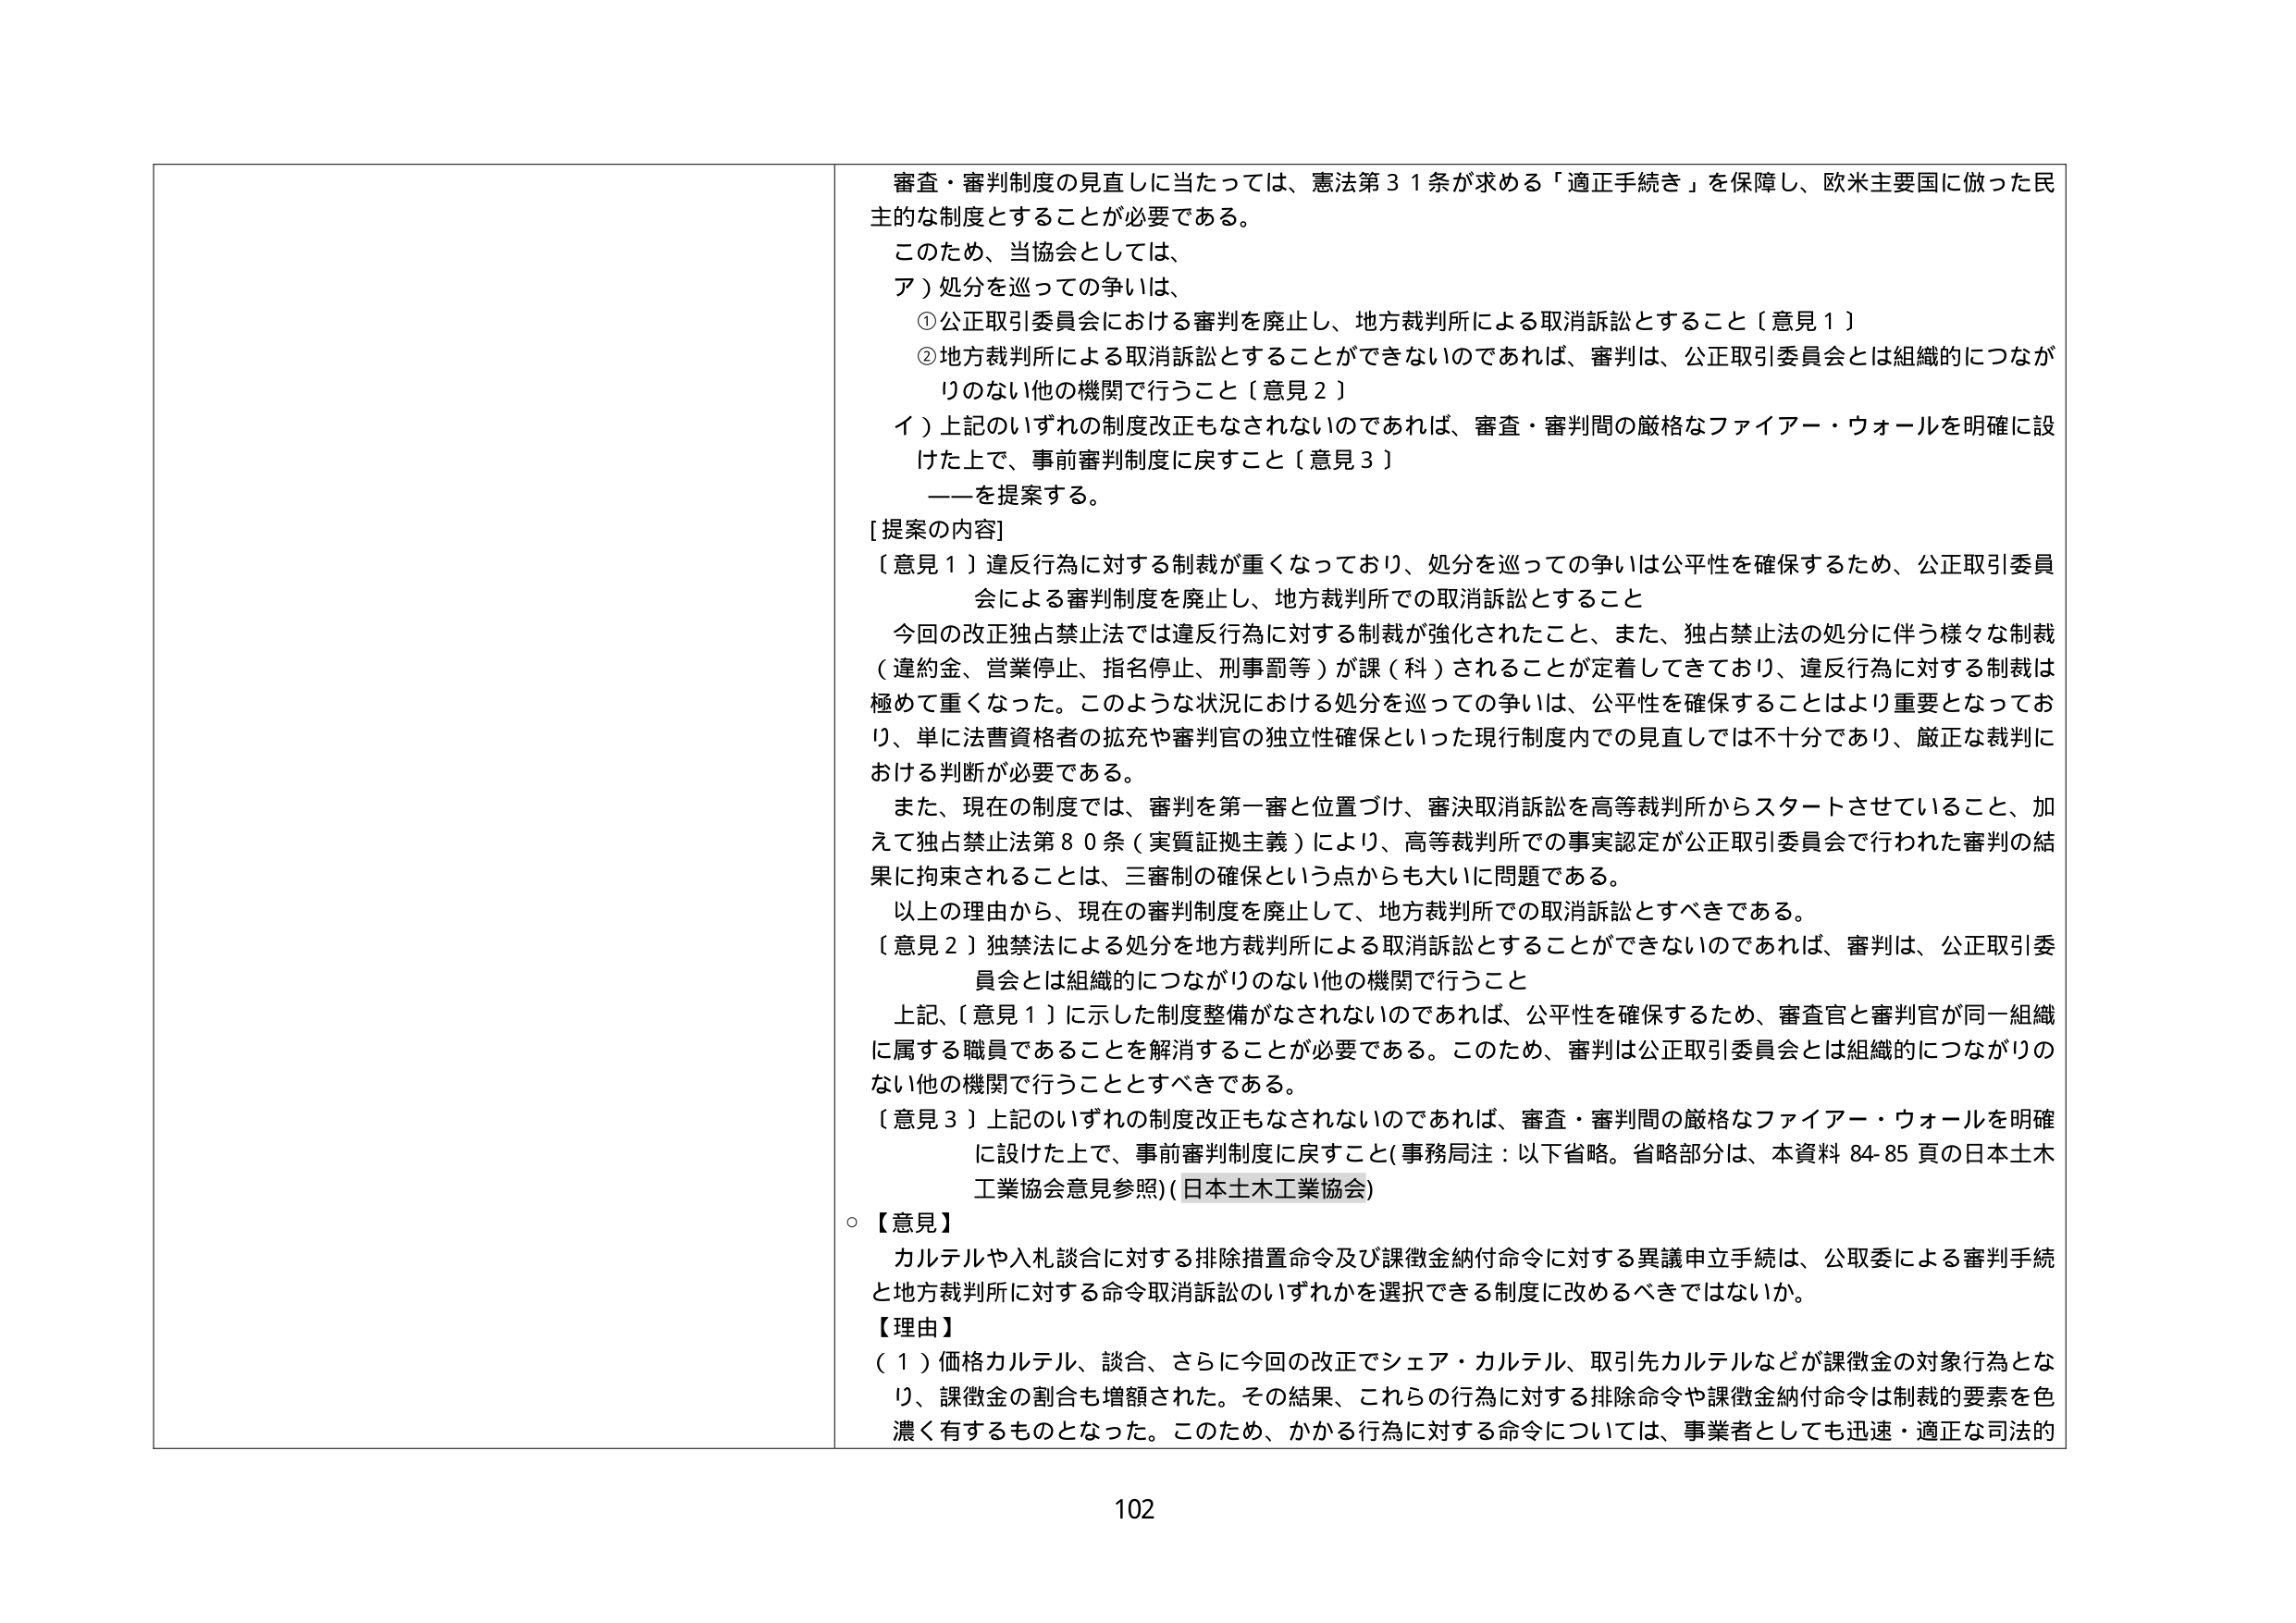
審査・審判制度の見直しに当たっては、憲法第31条が求める「適正手続き」を保障し、欧米主要国に倣った民主的な制度とすることが必要である。

このため、当協会としては、

ア）処分を巡っての争いは、

①公正取引委員会における審判を廃止し、地方裁判所による取消訴訟とすること〔意見1〕

②地方裁判所による取消訴訟とすることが不可能のであれば、審判は、公正取引委員会とは組織的につながりのない他の機関で行うこと〔意見2〕

イ）上記のいずれの制度改正もなされないのであれば、審査・審判間の厳格なファイアー・ウォールを明確に設けた上で、事前審判制度に戻すこと〔意見3〕

――を提案する。

[提案の内容]

〔意見1〕違反行為に対する制裁が重くなっており、処分を巡っての争いは公平性を確保するため、公正取引委員会による審判制度を廃止し、地方裁判所での取消訴訟とすること

今回の改正独占禁止法では違反行為に対する制裁が強化されたこと、また、独占禁止法の処分に伴う様々な制裁（違約金、営業停止、指名停止、刑事罰等）が課（科）されることが定着してきており、違反行為に対する制裁は極めて重くなった。このような状況における処分を巡っての争いは、公平性を確保することはより重要となっており、単に法曹資格者の拡充や審判官の独立性確保といった現行制度内での見直しでは不十分であり、厳正な裁判における判断が必要である。

また、現在の制度では、審判を第一審と位置づけ、審決取消訴訟を高等裁判所からスタートさせていること、加えて独占禁止法第80条（実質証拠主義）により、高等裁判所での事実認定が公正取引委員会で行われた審判の結果に拘束されることは、三審制の確保という点からも大いに問題である。

以上の理由から、現在の審判制度を廃止して、地方裁判所での取消訴訟とすべきである。

〔意見2〕独禁法による処分を地方裁判所による取消訴訟とすることが不可能のであれば、審判は、公正取引委員会とは組織的につながりのない他の機関で行うこと

上記、〔意見1〕に示した制度整備がなされないのであれば、公平性を確保するため、審査官と審判官が同一組織に属する職員であることを解消することが必要である。このため、審判は公正取引委員会とは組織的につながりのない他の機関で行うこととすべきである。

〔意見3〕上記のいずれの制度改正もなされないのであれば、審査・審判間の厳格なファイアー・ウォールを明確に設けた上で、事前審判制度に戻すこと（事務局注：以下省略。省略部分は、本資料84-85頁の日本土木工業協会意見参照）（日本土木工業協会）

○【意見】

カルテルや入札談合に対する排除措置命令及び課徴金納付命令に対する異議申立手続は、公取委による審判手続と地方裁判所に対する命令取消訴訟のいずれかを選択できる制度に改めるべきではないか。

【理由】

（1）価格カルテル、談合、さらに今回の改正でシェア・カルテル、取引先カルテルなどが課徴金の対象行為となり、課徴金の割合も増額された。その結果、これらの行為に対する排除命令や課徴金納付命令は制裁の要素を色濃く有するものとなった。このため、かかる行為に対する命令については、事業者としても迅速・適正な司法的

102